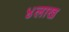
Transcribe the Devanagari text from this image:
४लाख